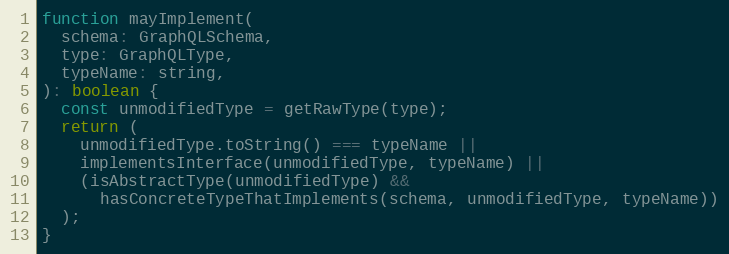
Language: JavaScript
function mayImplement(
  schema: GraphQLSchema,
  type: GraphQLType,
  typeName: string,
): boolean {
  const unmodifiedType = getRawType(type);
  return (
    unmodifiedType.toString() === typeName ||
    implementsInterface(unmodifiedType, typeName) ||
    (isAbstractType(unmodifiedType) &&
      hasConcreteTypeThatImplements(schema, unmodifiedType, typeName))
  );
}